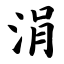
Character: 涓